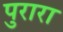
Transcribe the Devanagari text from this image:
पुरारा